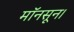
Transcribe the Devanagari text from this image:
मॉनसून।